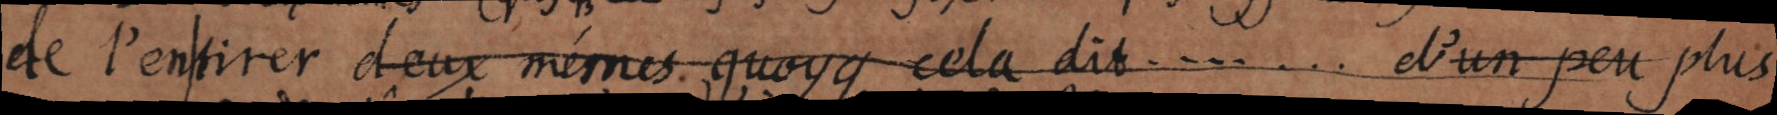
de l’entirer d’eux mémes quoyque cela dit . . . . . . . d’un peu plus